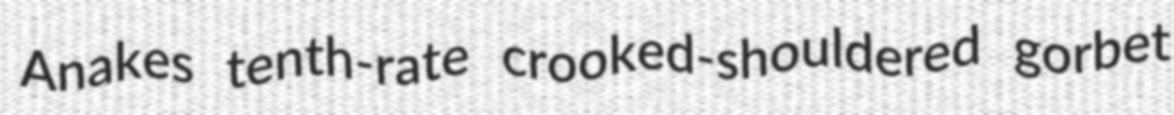
Anakes tenth-rate crooked-shouldered gorbet